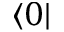
\langle 0 |